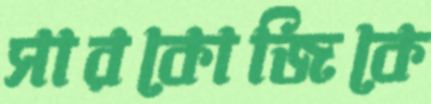
সারকোজিকে